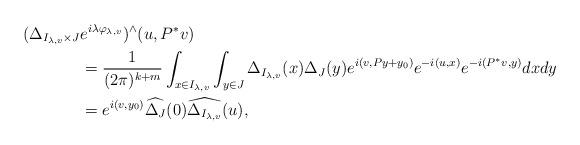
LaTeX: \begin{align*}(\Delta_{I_{\lambda, v}\times J}& e^{i\lambda\varphi_{\lambda,v}})^\wedge(u, P^\ast v)\\&=\frac{1}{(2\pi)^{k+m}} \int_{x\in I_{\lambda, v}}\int_{y\in J}\Delta_{I_{\lambda, v}}(x) \Delta_J(y)e^{i(v, Py+y_0)}e^{-i(u,x)}e^{-i(P^\ast v, y)} dx dy\\&=e^{i(v, y_0)}\widehat{\Delta_J}(0) \widehat{\Delta_{I_{\lambda,v}}}(u),\end{align*}